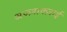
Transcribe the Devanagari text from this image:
अज़्ज़ाक्ज़ाई